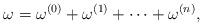
LaTeX: \begin{align*}\omega=\omega^{(0)}+\omega^{(1)}+\cdots +\omega^{(n)},\end{align*}